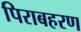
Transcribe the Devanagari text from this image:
पिराबहरण